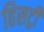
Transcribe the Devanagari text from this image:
हिसट्री